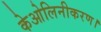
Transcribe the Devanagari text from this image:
केओलिनीकरण।